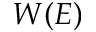
W ( E )